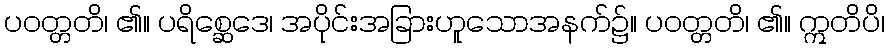
ပဝတ္တတိ၊ ၏။ ပရိစ္ဆေဒေ၊ အပိုင်းအခြားဟူသောအနက်၌။ ပဝတ္တတိ၊ ၏။ ဣတိပိ၊